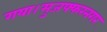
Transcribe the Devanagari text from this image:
गया।मुजफ्फरनगर